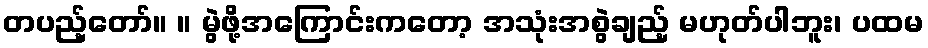
တပည့်တော်။ ။ မွဲဖို့အကြောင်းကတော့ အသုံးအစွဲချည့် မဟုတ်ပါဘူး၊ ပထမ